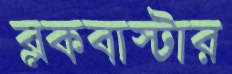
ব্লকবাস্টার